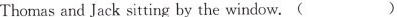
Thomas and Jack sitting by the window.( )